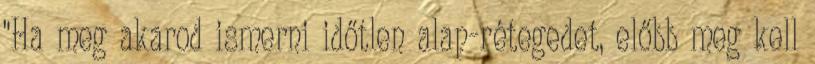
"Ha meg akarod ismerni időtlen alap-rétegedet, előbb meg kell